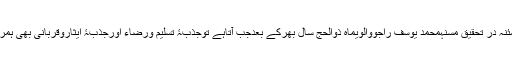
رسالہ مطمئنہ در تحقیق مسنہمحمد یوسف راجووالویماہِ ذوالحج سال بھرکے بعدجب آتاہے توجذبۂ تسلیم ورضاء اورجذبۂ ایثاروقربانی بھی ہمراہ لاتا ہے۔